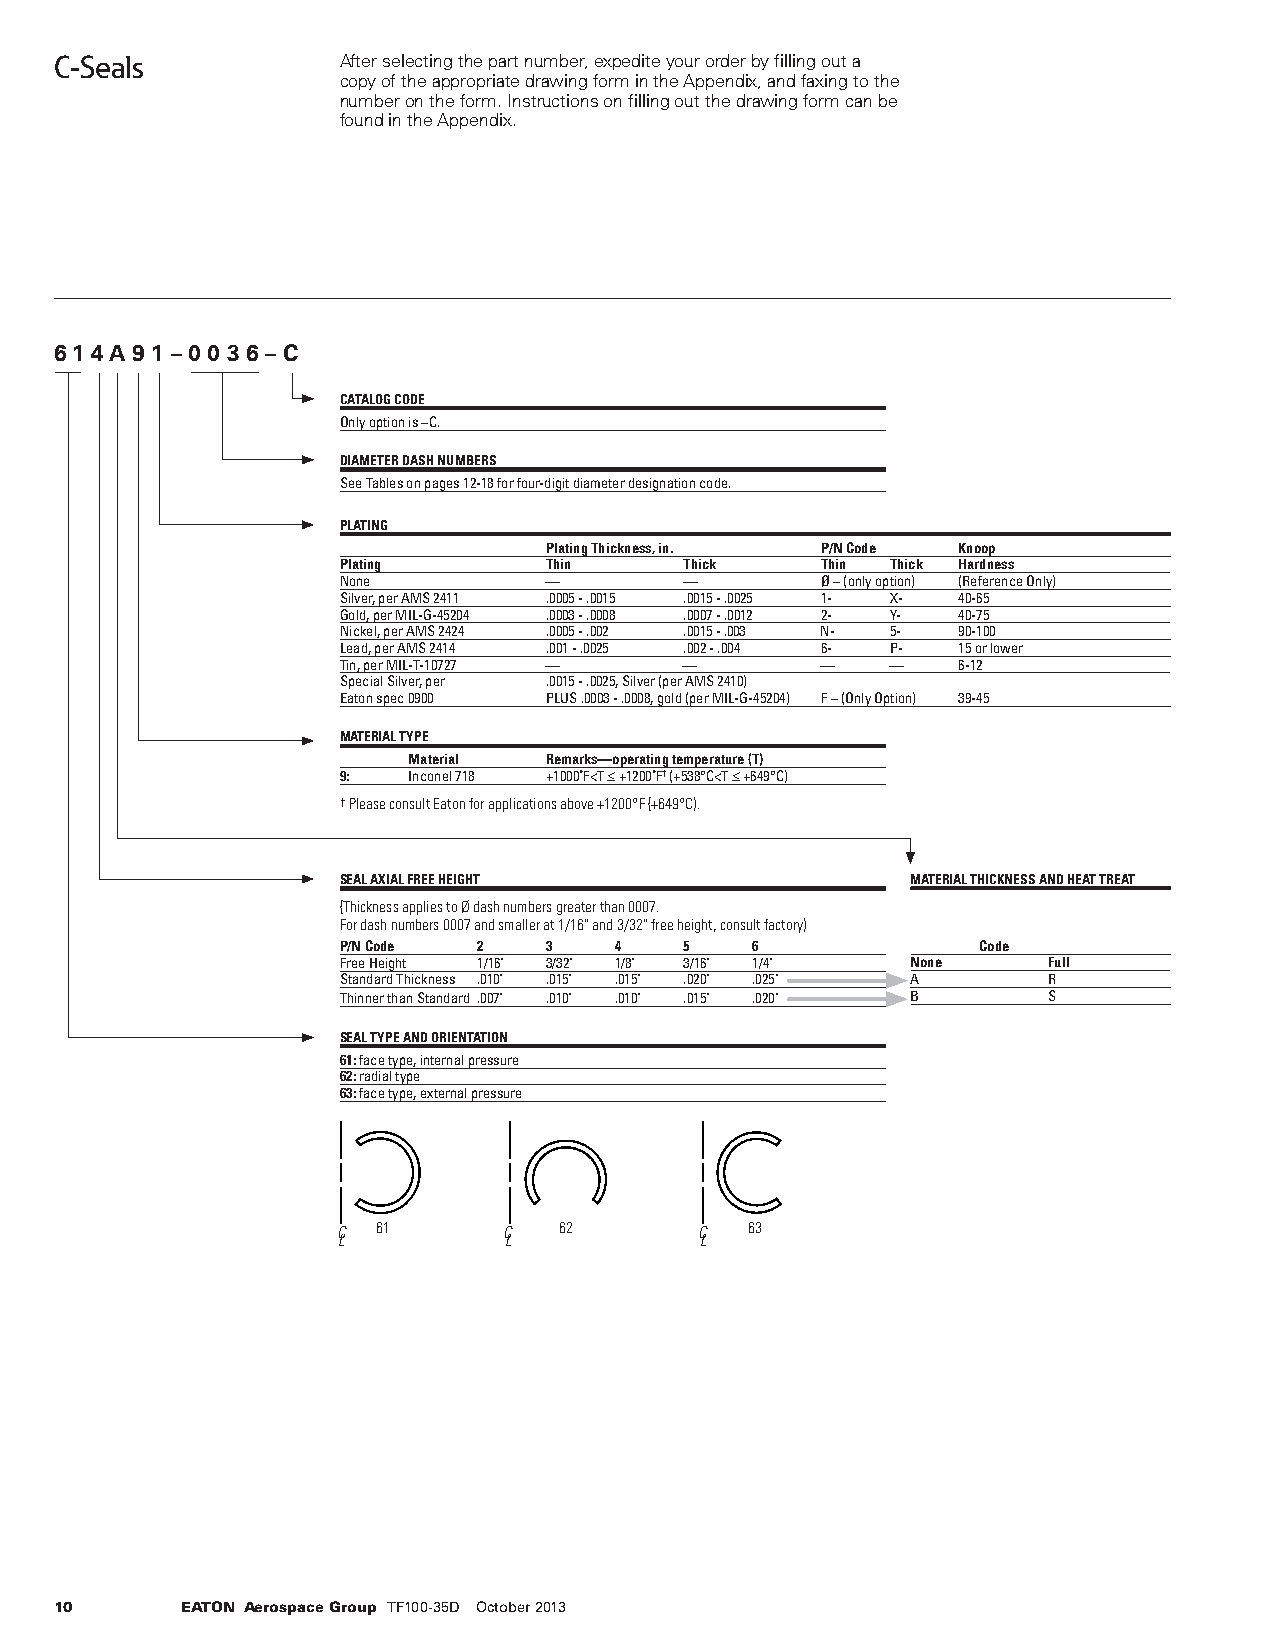
C-Seals           After selecting the part number, expedite your order by filling out a
 copy of the appropriate drawing form in the Appendix, and faxing to the
 number on the form. Instructions on filling out the drawing form can be
 found in the Appendix.
 6 1 4 A 9 1 – 0 0 3 6 – C
 CATALOG CODE
 Only option is –C.
 DIAMETER DASH NUMBERS
 See Tables on pages 12-18 for four-digit diameter designation code.
 PLATING
 Plating Thickness, in. P/N Code Knoop
 Plating       Thin     Thick    Thin Thick Hardness
 None          —        —        Ø – (only option) (Reference Only)
 Silver, per AMS 2411 .0005 - .0015 .0015 - .0025 1- X- 40-65
 Gold, per MIL-G-45204 .0003 - .0008 .0007 - .0012 2- Y- 40-75
 Nickel, per AMS 2424 .0005 - .002 .0015 - .003 N- 5- 90-100
 Lead, per AMS 2414 .001 - .0025 .002 - .004 6- P- 15 or lower
 Tin, per MIL-T-10727 — —        —    —   6-12
 Special Silver, per .0015 - .0025, Silver (per AMS 2410)
 Eaton spec 0900 PLUS .0003 - .0008, gold (per MIL-G-45204) F – (Only Option) 39-45
 MATERIAL TYPE
 Material Remarks—operating temperature (T)
 9:   Inconel 718 +1000˚F<T ≤ +1200˚F† (+538°C<T ≤ +649°C)
 † Please consult Eaton for applications above +1200°F (+649°C).
 SEAL AXIAL FREE HEIGHT                MATERIAL THICKNESS AND HEAT TREAT
 (Thickness applies to Ø dash numbers greater than 0007.
 For dash numbers 0007 and smaller at 1/16" and 3/32" free height, consult factory)
 P/N Code  2   3    4   5    6              Code
 Free Height 1/16" 3/32" 1/8" 3/16" 1/4" None   Full
 Standard Thickness .010" .015" .015" .020" .025" A R
 Thinner than Standard .007" .010" .010" .015" .020" B S
 SEAL TYPE AND ORIENTATION
 61: face type, internal pressure
 62: radial type
 63: face type, external pressure
 C  61      C   62       C   63
 L          L            L
 10      EATON Aerospace Group TF100-35D October 2013